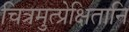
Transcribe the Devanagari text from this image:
चित्रमुत्प्रेक्षितानि